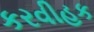
કરવીહક